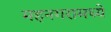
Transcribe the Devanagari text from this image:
महनगरामध्ये